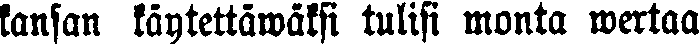
kansan käytettäwäksi tulisi monta wertaa